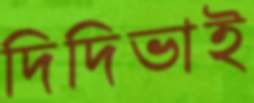
দিদিভাই